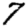
Digit: 7